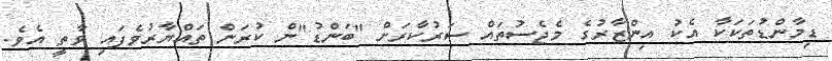
ޑިމާންޑުތަކަކާ އެކު އިންޒާރުގެ މެޖެސުތައް ސަރުކާރަށް "ބަންޑު"ން ކުރަން ތައްޔާރުވެފައި ވާތީ އެވެ.